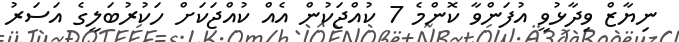
ނިޔާޒް ވިދާޅުވީ އުފަންވާ ކޮންމެ 7 ކުއްޖަކުން އެއް ކުއްޖަކަށް ހަކުރުބަލީގެ އަސަރު